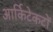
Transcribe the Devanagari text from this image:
आर्किटेकटों